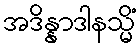
အဒိန္နာဒါနသ္မိံ